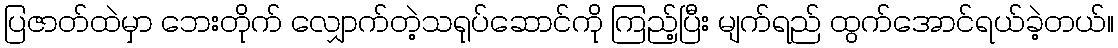
ပြဇာတ်ထဲမှာ ဘေးတိုက် လျှောက်တဲ့သရုပ်ဆောင်ကို ကြည့်ပြီး မျက်ရည် ထွက်အောင်ရယ်ခဲ့တယ်။